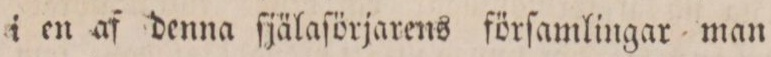
i en af denna ſjälaſörjarens förſamlingar man